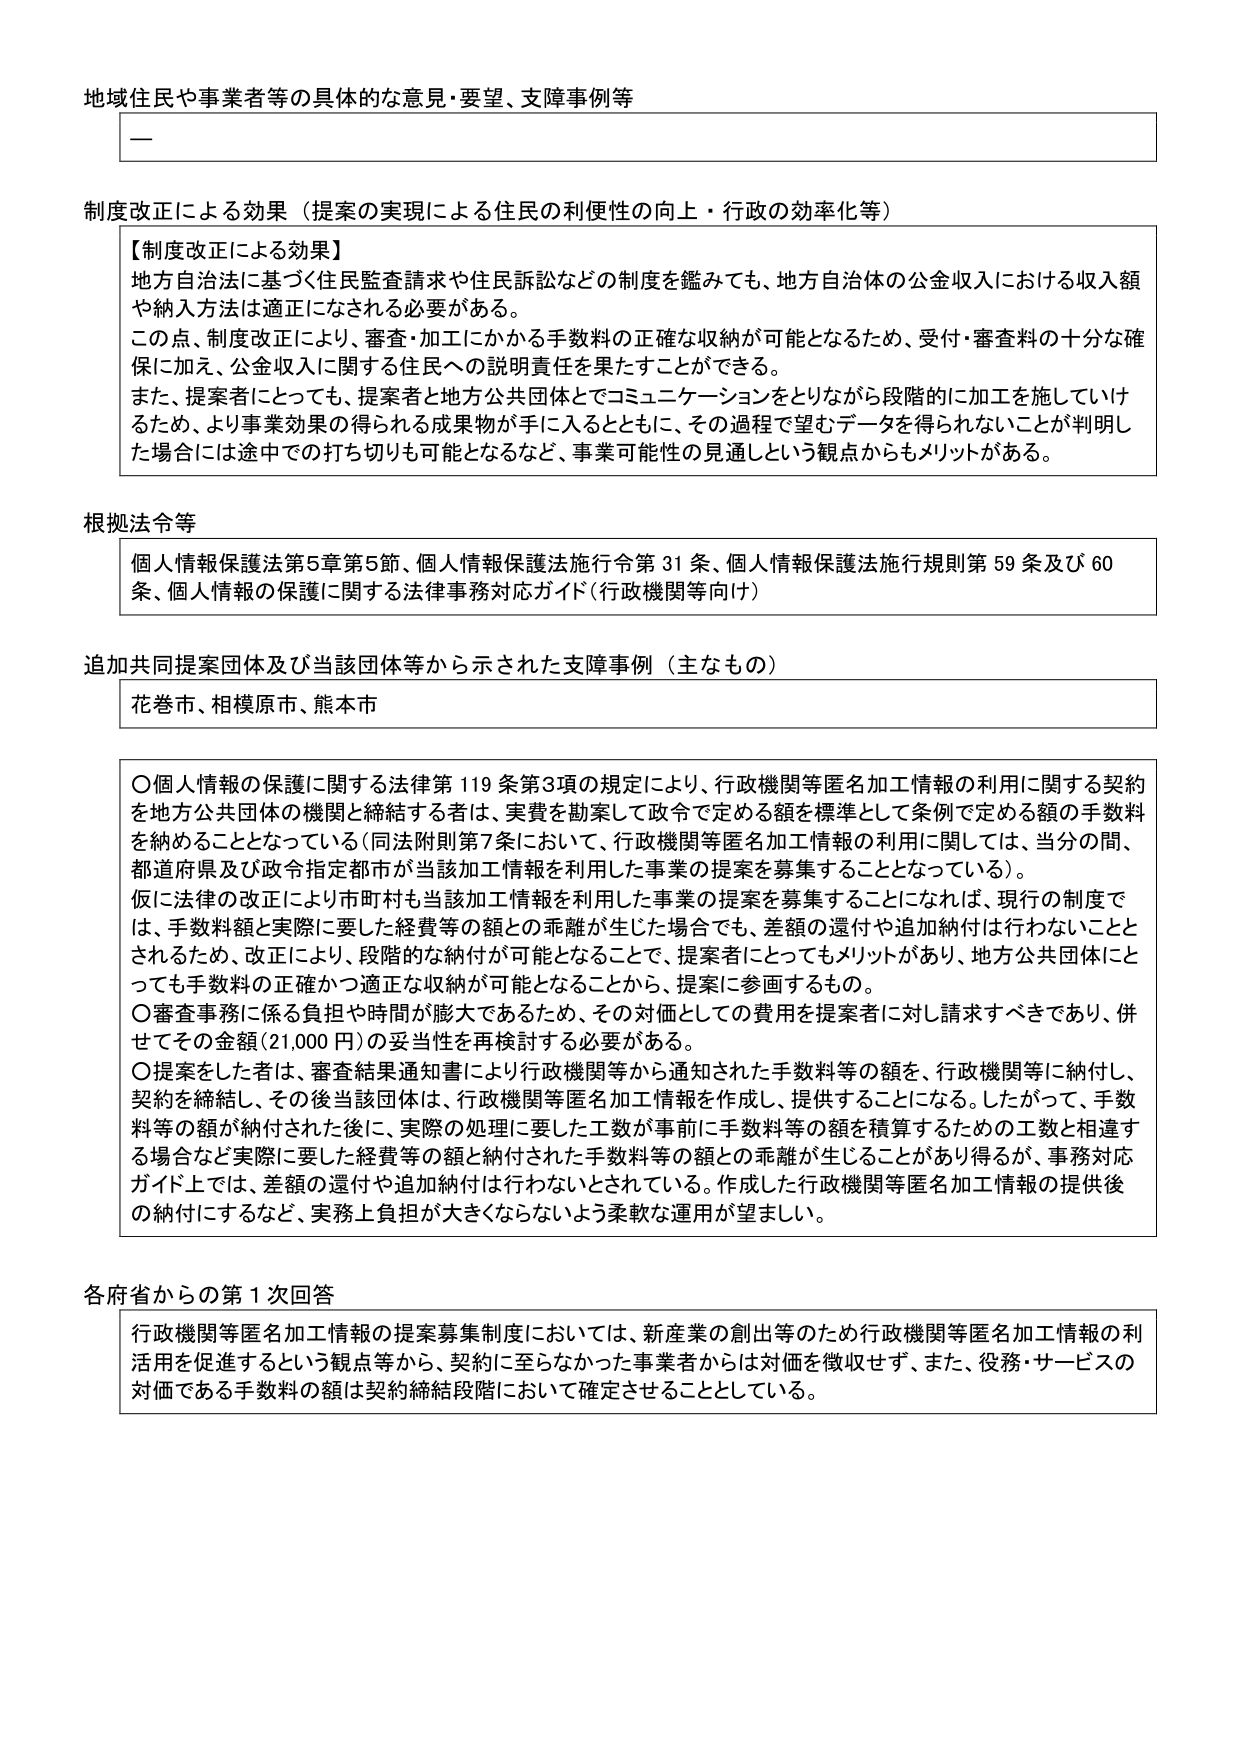
地域住民や事業者等の具体的な意見・要望、支障事例等

—

制度改正による効果（提案の実現による住民の利便性の向上・行政の効率化等）

【制度改正による効果】
地方自治法に基づく住民監査請求や住民訴訟などの制度を鑑みても、地方自治体の公金収入における収入額や納入方法は適正になされる必要がある。
この点、制度改正により、審査・加工にかかる手数料の正確な収納が可能となるため、受付・審査料の十分な確保に加え、公金収入に関する住民への説明責任を果たすことができる。
また、提案者にとっても、提案者と地方公共団体とでコミュニケーションをとりながら段階的に加工を施していけるため、より事業効果の得られる成果物が手に入るとともに、その過程で望むデータを得られないことが判明した場合には途中での打ち切りも可能となるなど、事業可能性の見通しという観点からもメリットがある。

根拠法令等
個人情報保護法第5章第5節、個人情報保護法施行令第31条、個人情報保護法施行規則第59条及び60条、個人情報の保護に関する法律事務対応ガイド（行政機関等向け）

追加共同提案団体及び当該団体等から示された支障事例（主なもの）
花巻市、相模原市、熊本市

〇個人情報の保護に関する法律第119条第3項の規定により、行政機関等匿名加工情報の利用に関する契約を地方公共団体の機関と締結する者は、実費を勘案して政令で定める額を標準として条例で定める額の手数料を納めることとなっている（同法附則第7条において、行政機関等匿名加工情報の利用に関しては、当分の間、都道府県及び政令指定都市が当該加工情報を利用した事業の提案を募集することとなっている）。
仮に法律の改正により市町村も当該加工情報を利用した事業の提案を募集することになれば、現行の制度では、手数料額と実際に要した経費等の額との乖離が生じた場合でも、差額の還付や追加納付は行わないこととされるため、改正により、段階的な納付が可能となることで、提案者にとってもメリットがあり、地方公共団体にとっても手数料の正確かつ適正な収納が可能となることから、提案に参画するもの。
〇審査事務に係る負担や時間が膨大であるため、その対価としての費用を提案者に対し請求すべきであり、併せてその金額（21,000円）の妥当性を再検討する必要がある。
〇提案をした者は、審査結果通知書により行政機関等から通知された手数料等の額を、行政機関等に納付し、契約を締結し、その後当該団体は、行政機関等匿名加工情報を作成し、提供することになる。したがって、手数料等の額が納付された後に、実際の処理に要した工数が事前に手数料等の額を積算するための工数と相違する場合など実際に要した経費等の額と納付された手数料等の額との乖離が生じることがあり得るが、事務対応ガイド上では、差額の還付や追加納付は行わないとされている。作成した行政機関等匿名加工情報の提供後の納付にするなど、実務上負担が大きくならないよう柔軟な運用が望ましい。

各府省からの第1次回答
行政機関等匿名加工情報の提案募集制度においては、新産業の創出等のため行政機関等匿名加工情報の利活用を促進するという観点等から、契約に至らなかった事業者からは対価を徴収せず、また、役務・サービスの対価である手数料の額は契約締結段階において確定させることとしている。